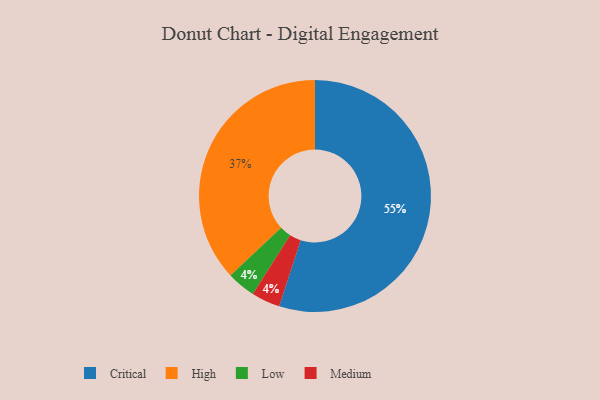
{"axis": {"x": "Category", "y": "Percentage"}, "legend": ["Critical", "High", "Low", "Medium"], "data": [{"x": "Critical", "y": 55, "type": "Critical"}, {"x": "Low", "y": 4, "type": "Low"}, {"x": "High", "y": 37, "type": "High"}, {"x": "Medium", "y": 4, "type": "Medium"}]}